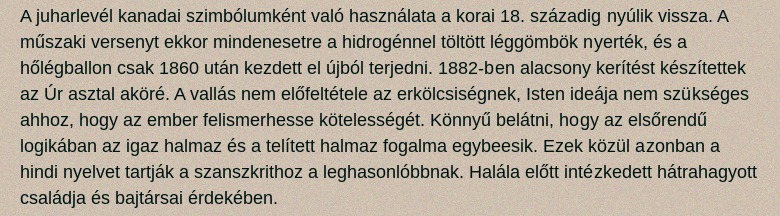
A juharlevél kanadai szimbólumként való használata a korai 18. századig nyúlik vissza. A műszaki versenyt ekkor mindenesetre a hidrogénnel töltött léggömbök nyerték, és a hőlégballon csak 1860 után kezdett el újból terjedni. 1882-ben alacsony kerítést készítettek az Úr asztal aköré. A vallás nem előfeltétele az erkölcsiségnek, Isten ideája nem szükséges ahhoz, hogy az ember felismerhesse kötelességét. Könnyű belátni, hogy az elsőrendű logikában az igaz halmaz és a telített halmaz fogalma egybeesik. Ezek közül azonban a hindi nyelvet tartják a szanszkrithoz a leghasonlóbbnak. Halála előtt intézkedett hátrahagyott családja és bajtársai érdekében.